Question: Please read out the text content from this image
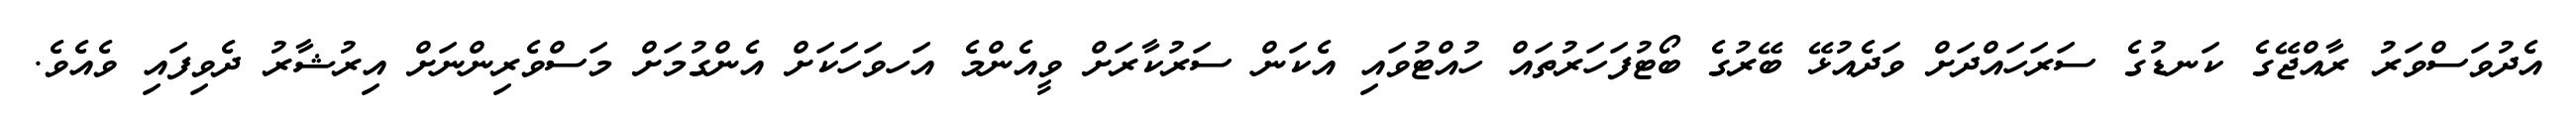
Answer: އެދުވަސްވަރު ރާއްޖޭގެ ކަނޑުގެ ސަރަހައްދަށް ވަދެއުޅޭ ބޭރުގެ ބޯޓުފަހަރުތައް ހުއްޓުވައި އެކަން ސަރުކާރަށް ވީއެންމެ އަހވަހަކަށް އެންގުމަށް މަސްވެރިންނަށް އިރުޝާރު ދެވިފައި ވެއެވެ.